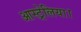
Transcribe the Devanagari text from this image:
आस्ट्रेलिया।